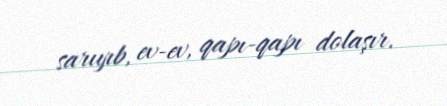
sarıyıb, ev-ev, qapı-qapı dolaşır.